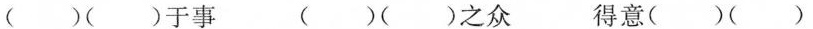
（）（）于事 （）（）之众 得意（）（）